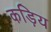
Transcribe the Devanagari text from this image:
कड़िय